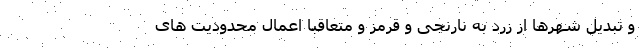
و تبدیل شهرها از زرد به نارنجی و قرمز و متعاقبا اعمال محدودیت های